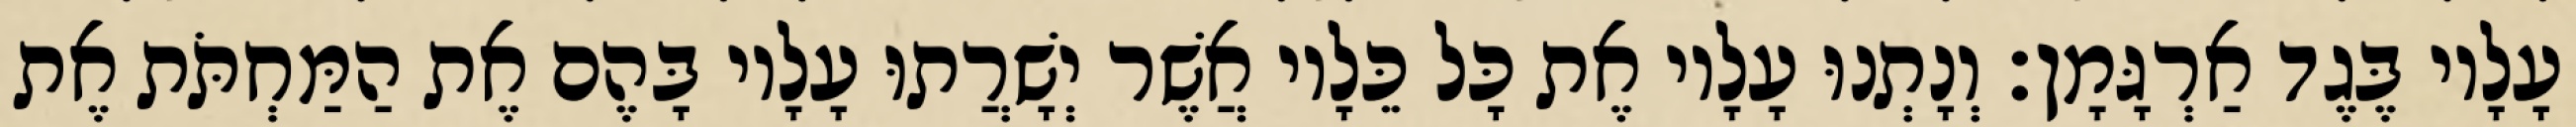
עָלָיו בֶּגֶד אַרְגָּמָן׃ וְנָתְנוּ עָלָיו אֶת כָּל כֵּלָיו אֲשֶׁר יְשָׁרֲתוּ עָלָיו בָּהֶם אֶת הַמַּחְתֹּת אֶת